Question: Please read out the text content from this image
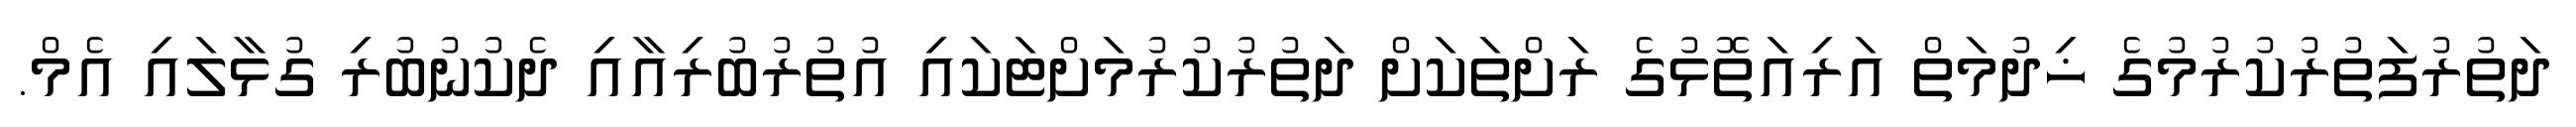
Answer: ދަތުރުފަތުރުކުރުމުގެ ޚިދުމަތް އަރިއަތޮޅުގެ ރަށްތަކަށް ދަތުރުކުރުމަށްޓަކައި އުތުރުބުރިއާއި ދެކުނުބުރި ގުޅާލައި އެމް.